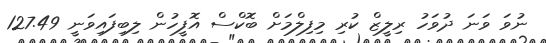
ނުވަ ވަނަ ދުވަހު ރިލީޒް ކުރި މިފިލްމަށް ބޮކްސް އޮފީހުން ލިބިފައިވަނީ 127.49